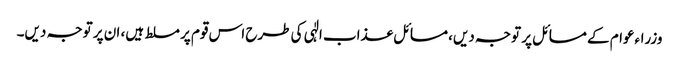
وزراءعوام کے مسائل پر توجہ دیں، مسائل عذاب الٰہی کی طرح اس قوم پر مسلط ہیں، ان پر توجہ دیں۔